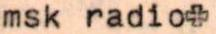
msk radio+